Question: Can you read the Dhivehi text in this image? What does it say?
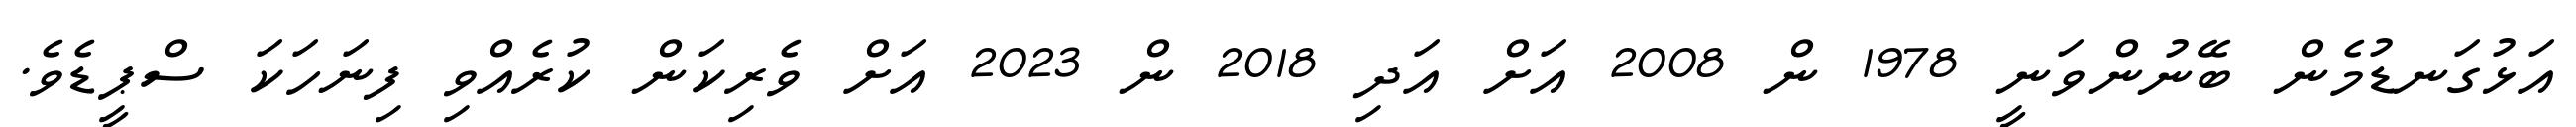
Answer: އަޅުގަނޑުމެން ބޭނުންވަނީ 1978 ން 2008 އަށް އަދި 2018 ން 2023 އަށް ވެރިކަން ކުރެއްވި ފިނަހަކަ ސްޕީޑެވެ.